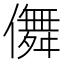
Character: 儛